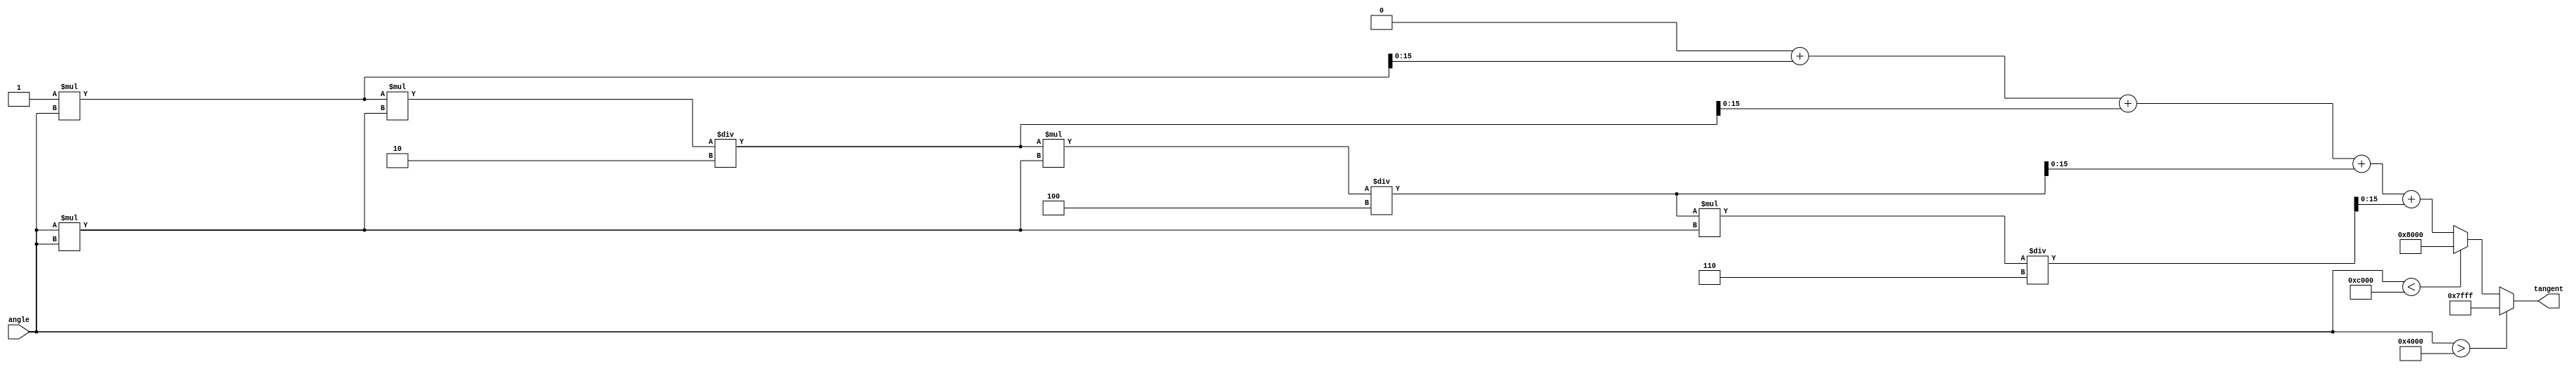
module tan_arithmetic_block (
    input  wire [15:0] angle,  // Input angle in radians (16-bit fixed-point)
    output reg  [15:0] tangent  // Output tangent value (16-bit fixed-point)
);

    // Constants for the Taylor series approximation
    parameter FIXED_POINT_FRACTIONAL_BITS = 15;
    parameter PI_OVER_2 = 16'h4000; // Approx. 1.5708 in fixed-point (16-bit)
    
    // Taylor series coefficients for tan(x) around 0
    parameter C1 = 16'h0000; // 0
    parameter C3 = 16'h0001; // 1
    parameter C5 = 16'h5555; // 1/3 in fixed-point (approx)
    parameter C7 = 16'h1A36; // 1/5 in fixed-point (approx)
    
    // Function to compute tangent using Taylor series
    function [15:0] taylor_tan;
        input [15:0] x;
        reg [31:0] x2; // Intermediate variable for x^2
        reg [31:0] term;
        reg [31:0] sum;
        integer i;
        begin
            sum = 0;
            x2 = x * x; // x^2
            
            // Calculate tan(x) using the first few terms of Taylor series
            term = C3 * x; // x
            sum = sum + term;

            term = term * x2 / 16'h0002; // x^3 / 3!
            sum = sum + term;

            term = term * x2 / 16'h0004; // x^5 / 5!
            sum = sum + term;

            term = term * x2 / 16'h0006; // x^7 / 7!
            sum = sum + term;

            taylor_tan = sum[15:0]; // Return the lower 16 bits
        end
    endfunction

    always @(*) begin
        // Normalize input angle to the range [-pi/2, pi/2]
        if (angle > PI_OVER_2) begin
            tangent = 16'h7FFF; // Saturate to positive infinity
        end else if (angle < -PI_OVER_2) begin
            tangent = 16'h8000; // Saturate to negative infinity
        end else begin
            tangent = taylor_tan(angle);
        end
    end

endmodule